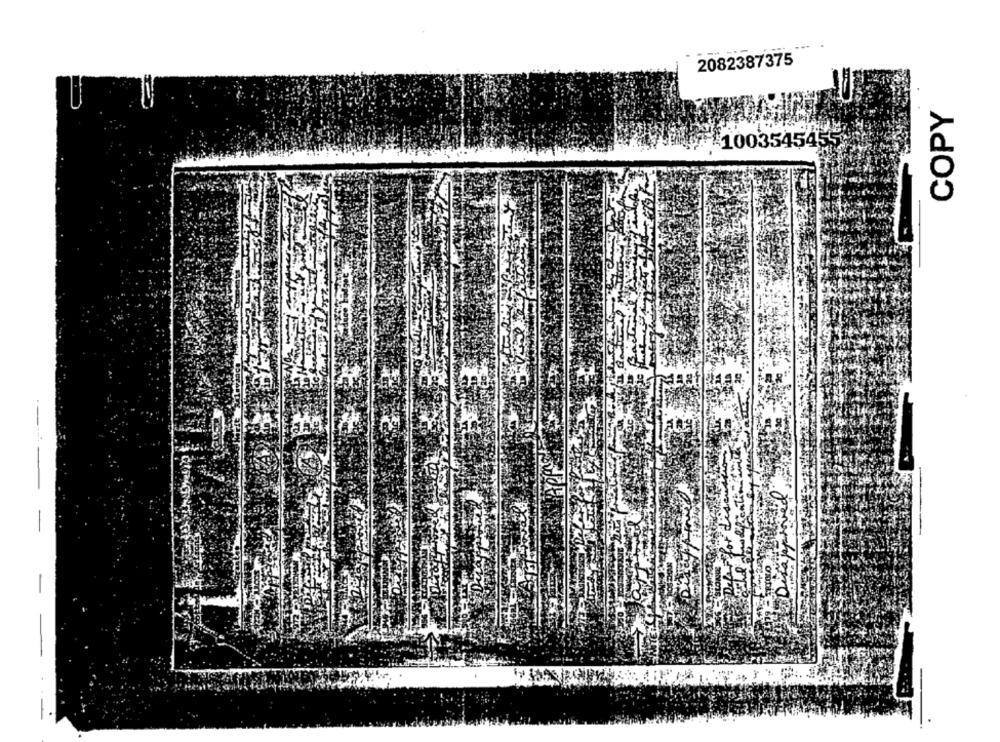
2082387375
COPY
100354545
-